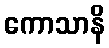
ကောသာနိ